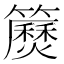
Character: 𥷅